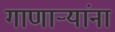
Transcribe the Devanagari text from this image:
गाणाऱ्यांना